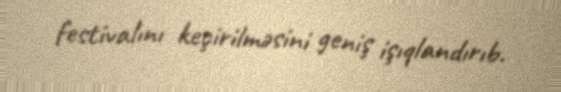
festivalını keçirilməsini geniş işıqlandırıb.